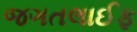
જગતલાઈફ